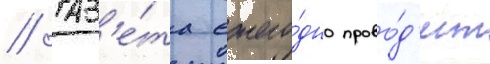
// Газ'е́та ежего́дно прово́д'ит